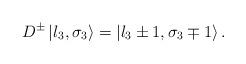
LaTeX: \begin{align*}D^{\pm }\left| l_{3},\sigma _{3}\right\rangle =\left| l_{3}\pm 1,\sigma_{3}\mp 1\right\rangle .\end{align*}